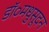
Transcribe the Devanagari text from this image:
डॉ०मधुसूदन